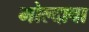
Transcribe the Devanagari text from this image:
मोल्दावा